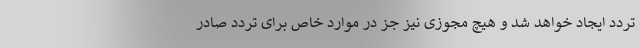
تردد ایجاد خواهد شد و هیچ مجوزی نیز جز در موارد خاص برای تردد صادر